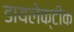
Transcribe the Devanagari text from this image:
डायलेक्टीक